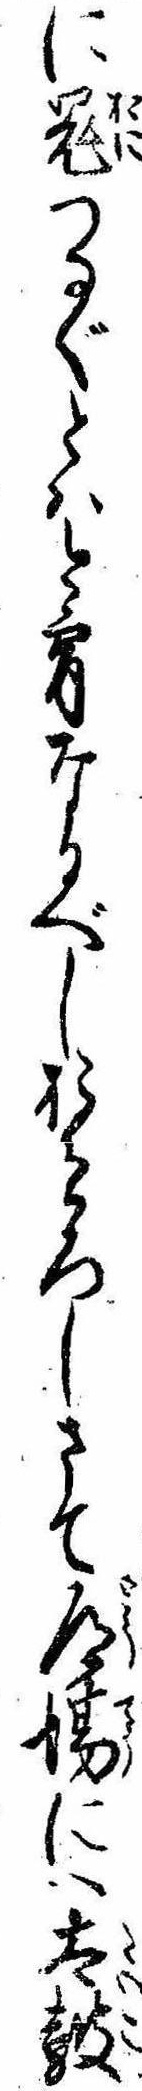
に鬼つなぐとは今宵なるべしおそろしさて道場には太鼓